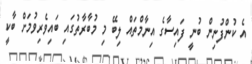
އެ ކުންފުނިން ބުނީ ފައިސާގެ އިނާމްތައް ލިބޭ މި މުބާރާތުގައި ބައިވެރިވުމަށް ބާކީ